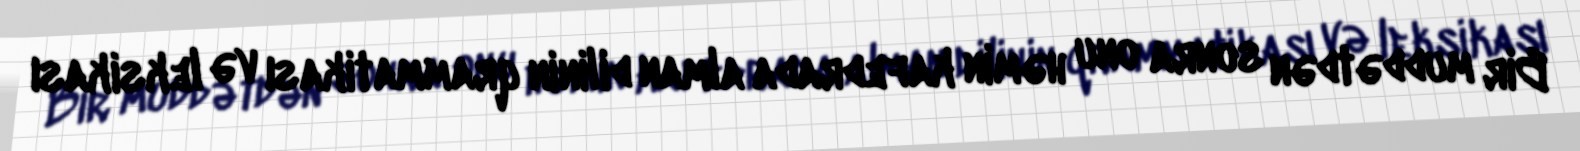
Bir muddətdən sonra onu həmin kafedrada alman dilinin qrammatikası və leksikası